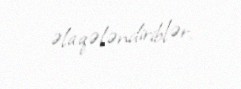
əlaqələndiriblər.